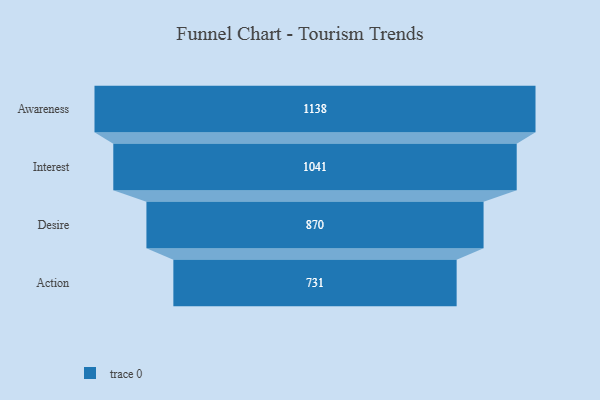
{"axis": {"x": "Stage", "y": "Value"}, "legend": [""], "data": [{"x": "Awareness", "y": 1138.0, "type": ""}, {"x": "Interest", "y": 1041.0, "type": ""}, {"x": "Desire", "y": 870.0, "type": ""}, {"x": "Action", "y": 731.0, "type": ""}]}